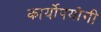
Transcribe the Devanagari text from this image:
कार्योपयोगी